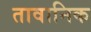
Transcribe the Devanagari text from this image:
तावानिक